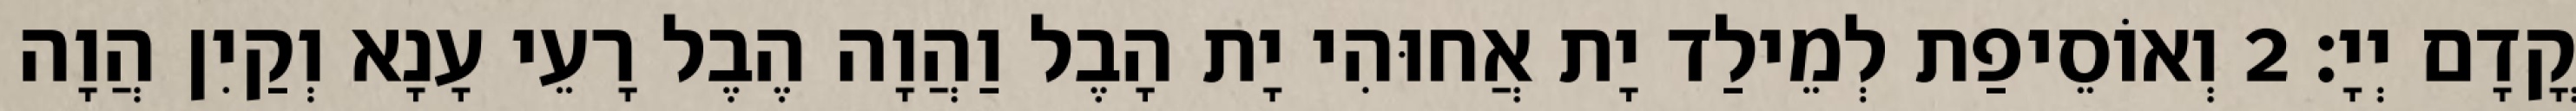
קֳדָם יְיָ׃ 2 וְאוֹסֵיפַת לְמֵילַד יָת אֲחוּהִי יָת הָבֶל וַהֲוָה הֶבֶל רָעֵי עָנָא וְקַיִן הֲוָה